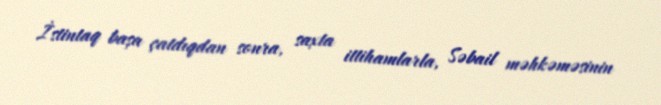
İstintaq başa çatdıqdan sonra, saxta ittihamlarla, Səbail məhkəməsinin